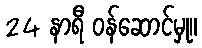
24 နာရီ ဝန်ဆောင်မှု။